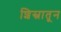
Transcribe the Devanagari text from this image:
शिस्नातून